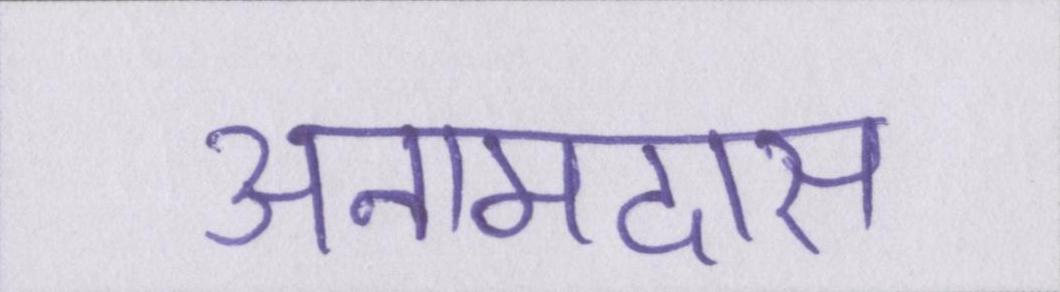
अनामदास